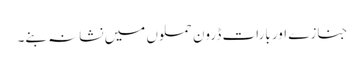
جنازے اور بارات ڈرون حملوں میں نشانہ بنے۔